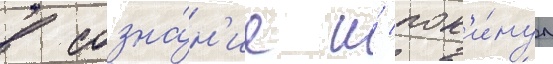
в созна́н'ие и́ пок'и́нул